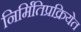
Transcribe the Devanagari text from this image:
निर्मितिप्रक्रियेत